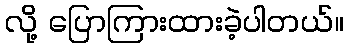
လို့ ပြောကြားထားခဲ့ပါတယ်။